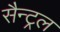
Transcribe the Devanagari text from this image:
सैन्ट्रल